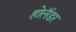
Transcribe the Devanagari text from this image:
होलॅंडर